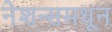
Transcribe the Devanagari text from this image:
नेशन्समधून